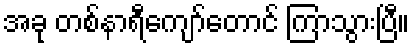
အခု တစ်နာရီကျော်တောင် ကြာသွားပြီ။